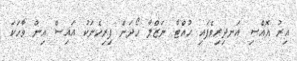
އިރު އޮއްސި އަނދިރިވެފައި ހުއްޓާ ނަޒްލާ ހޯދަން ފިރިހެނަކު އައިސް އިން ވާހަކަ